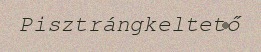
Pisztrángkeltető